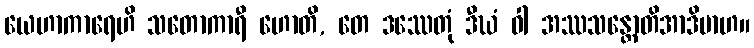
ယေဟာကာရေဟိ သတောကာရီ ဟောတိ, တေ ဒဿေတုံ ဒီဃံ ဝါ အဿသန္တောတိအာဒိမာဟ။